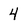
Character: 4